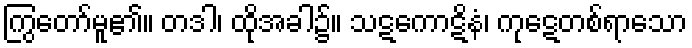
ကြွတော်မူ၏။ တဒါ၊ ထိုအခါ၌။ သဋကောဋိနံ၊ ကုဋေတစ်ရာသော